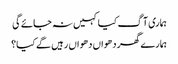
ہماری آگ کیا کہیں نہ جائے گی
ہمارے گھر دھواں دھواں رہیں گے کیا؟